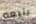
يتبعه